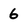
Character: 6